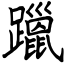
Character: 躐